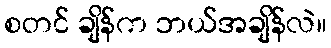
စတင် ချိန်က ဘယ်အချိန်လဲ။